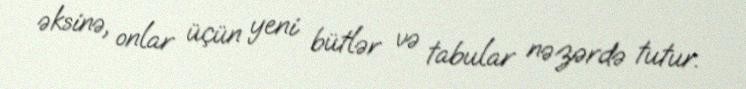
əksinə, onlar üçün yeni bütlər və tabular nəzərdə tutur.